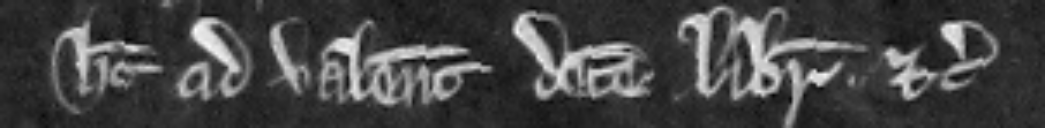
habet ad valenciam decem librarum. etc.